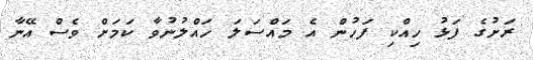
ރަށުގެ ފަޅު ހިއްކި ފަހުން އެ މައްސަލަ ހައްލުނުވާ ކަމަށް ވެސް އޭނާ